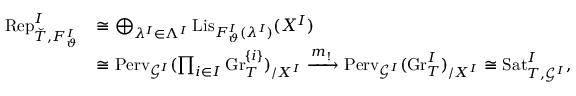
\begin{array} { r l } { \mathrm { R e p } _ { \check { T } , F _ { \vartheta } ^ { I } } ^ { I } } & { \cong \bigoplus _ { \lambda ^ { I } \in \Lambda ^ { I } } \mathrm { L i s } _ { F _ { \vartheta } ^ { I } ( \lambda ^ { I } ) } ( X ^ { I } ) } \\ & { \cong \mathrm { P e r v } _ { \mathscr G ^ { I } } ( \prod _ { i \in I } \mathrm { G r } _ { T } ^ { \{ i \} } ) _ { / X ^ { I } } \xrightarrow { m _ { ! } } \mathrm { P e r v } _ { \mathscr G ^ { I } } ( \mathrm { G r } _ { T } ^ { I } ) _ { / X ^ { I } } \cong \mathrm { S a t } _ { T , \mathscr G ^ { I } } ^ { I } , } \end{array}